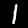
Label: 1